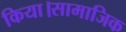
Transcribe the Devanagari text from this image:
किया।सामाजिक